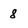
Character: 8